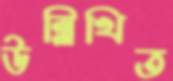
উল্লিখিত